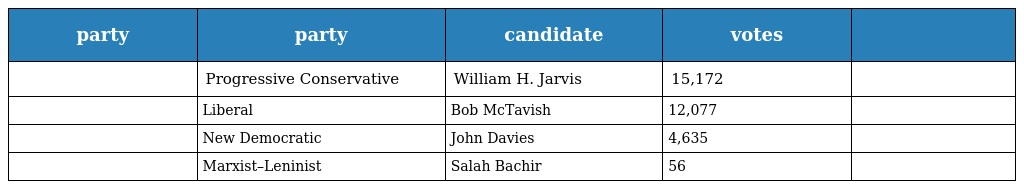
| party | party | candidate | votes |  |
 | --- | --- | --- | --- | --- |
 |  | Progressive Conservative | William H. Jarvis | 15,172 |  |
 |  | Liberal | Bob McTavish | 12,077 |  |
 |  | New Democratic | John Davies | 4,635 |  |
 |  | Marxist–Leninist | Salah Bachir | 56 |  |